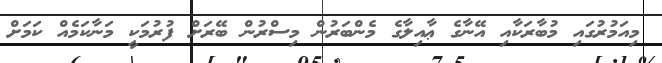
މިއަމުރުގައި މުބާރަކާއި އޭނާގެ ޢާއިލާގެ މެންބަރުން މިސްރުން ބޭރަށް ފުރުމަކީ މަނާކަމެއް ކަމަށް